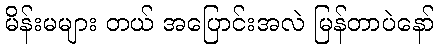
မိန်းမများ တယ် အပြောင်းအလဲ မြန်တာပဲနော်